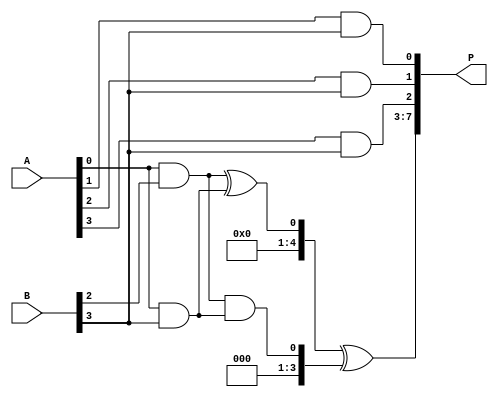
module dadda_multiplier #(parameter N = 4) (
    input [N-1:0] A,
    input [N-1:0] B,
    output reg [2*N-1:0] P
);

    // Partial product generation
    wire [N-1:0] pp [N-1:0]; // Partial products
    genvar i, j;
    generate
        for (i = 0; i < N; i = i + 1) begin : pp_gen
            for (j = 0; j < N; j = j + 1) begin : pp_bit
                assign pp[i][j] = A[j] & B[i];
            end
        end
    endgenerate

    // Reduction tree
    wire [N:0] sum [N-1:0]; // Sums for reduction
    wire [N-1:0] carry [N-1:0]; // Carries for reduction

    // Stage 1: Reduce partial products
    generate
        for (i = 0; i < N-1; i = i + 1) begin : stage1
            if (i % 2 == 0) begin
                assign sum[i] = pp[i][0] ^ pp[i+1][0];
                assign carry[i] = pp[i][0] & pp[i+1][0];
            end else begin
                assign sum[i] = pp[i][0] ^ pp[i+1][0] ^ carry[i-1];
                assign carry[i] = (pp[i][0] & pp[i+1][0]) | (carry[i-1] & (pp[i][0] ^ pp[i+1][0]));
            end
        end
    endgenerate

    // Stage 2: Further reduction
    wire [N:0] final_sum;
    wire final_carry;

    assign final_sum = sum[N-2] ^ carry[N-2];
    assign final_carry = sum[N-2] & carry[N-2];

    // Final addition
    always @(*) begin
        P = {final_carry, final_sum, pp[N-1][N-1:1]};
    end

endmodule